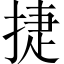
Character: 捷